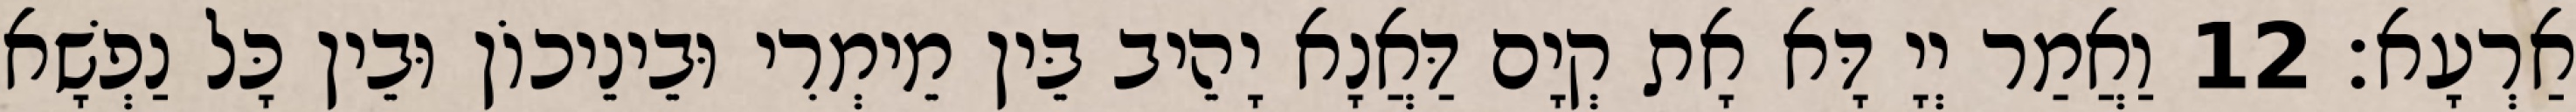
אַרְעָא׃ 12 וַאֲמַר יְיָ דָּא אָת קְיָם דַּאֲנָא יָהֵיב בֵּין מֵימְרִי וּבֵינֵיכוֹן וּבֵין כָּל נַפְשָׁא